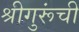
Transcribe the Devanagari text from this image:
श्रीगुरूंची